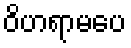
ဝိဟရာမပေ